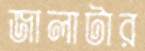
জালাটার